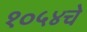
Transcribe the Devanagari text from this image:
१०५४चे